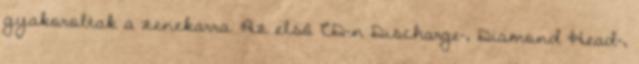
gyakoroltak a zenekarra. Az első CD-n Discharge-, Diamond Head-,